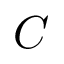
C